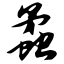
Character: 蟊